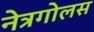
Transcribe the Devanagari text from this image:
नेत्रगोलस